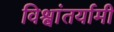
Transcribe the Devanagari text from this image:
विश्वांतर्यामी